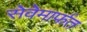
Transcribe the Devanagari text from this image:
सेवेमार्फत